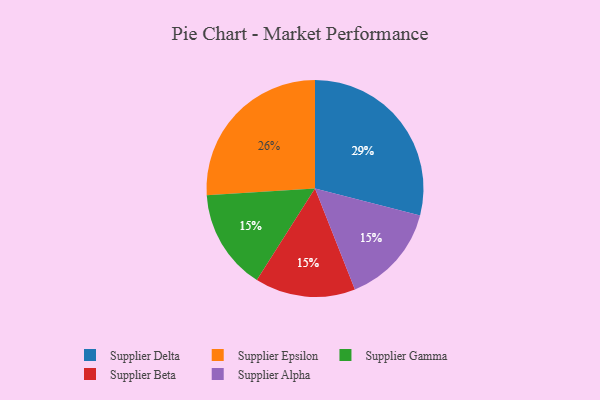
{"axis": {"x": "Category", "y": "Percentage"}, "legend": ["Supplier Alpha", "Supplier Beta", "Supplier Delta", "Supplier Epsilon", "Supplier Gamma"], "data": [{"x": "Supplier Gamma", "y": 15, "type": "Supplier Gamma"}, {"x": "Supplier Beta", "y": 15, "type": "Supplier Beta"}, {"x": "Supplier Delta", "y": 29, "type": "Supplier Delta"}, {"x": "Supplier Epsilon", "y": 26, "type": "Supplier Epsilon"}, {"x": "Supplier Alpha", "y": 15, "type": "Supplier Alpha"}]}